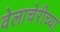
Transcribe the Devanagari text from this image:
वेलाचेरीच्या